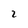
Character: 2